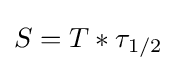
S=T*\tau _{1/2}